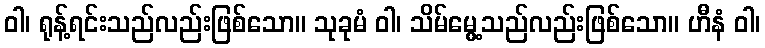
ဝါ၊ ရုန့်ရင်းသည်လည်းဖြစ်သော။ သုခုမံ ဝါ၊ သိမ်မွေ့သည်လည်းဖြစ်သော။ ဟီနံ ဝါ၊